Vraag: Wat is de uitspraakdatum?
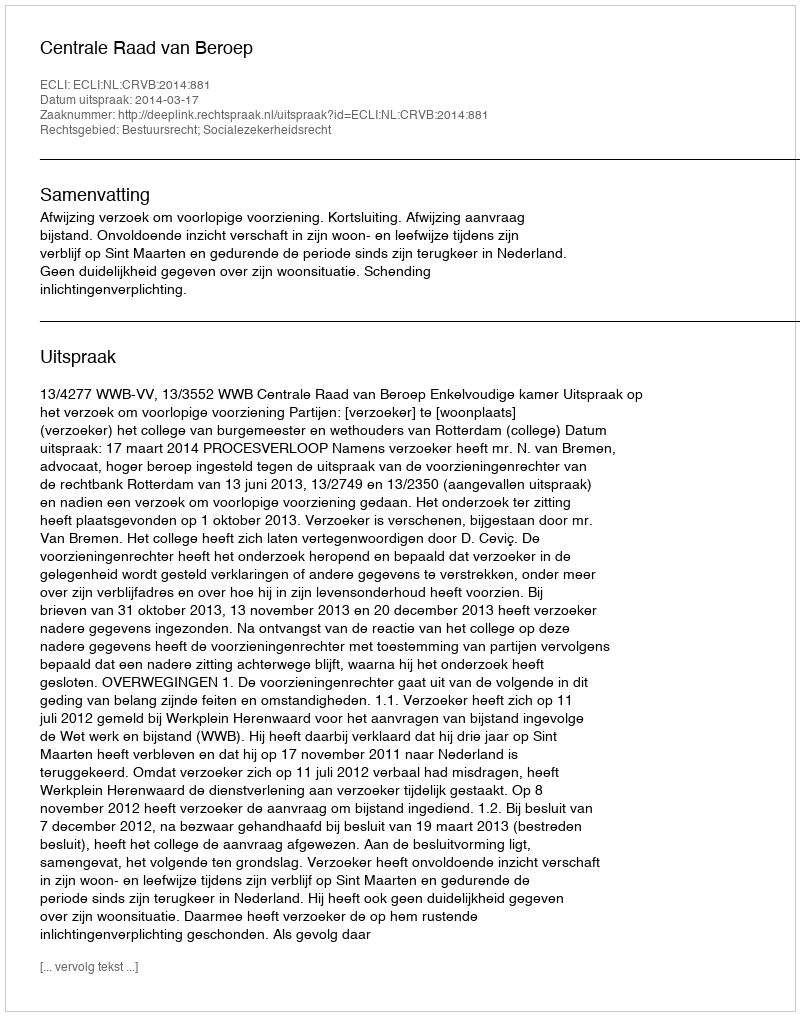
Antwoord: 2014-03-17